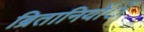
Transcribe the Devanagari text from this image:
ब्रितानियोंें